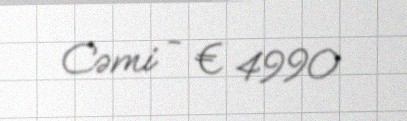
Cəmi - € 4990